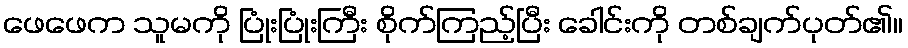
ဖေဖေက သူမကို ပြုံးပြုံးကြီး စိုက်ကြည့်ပြီး ခေါင်းကို တစ်ချက်ပုတ်၏။